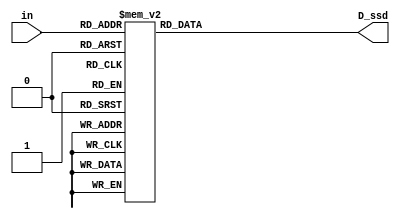
module display(D_ssd, in);
    input [3:0] in;
    output reg [7:0] D_ssd;
    
    
    always @*
        case(in)
            4'd0: D_ssd = 8'b00000011;
            4'd1: D_ssd = 8'b10011111;
            4'd2: D_ssd = 8'b00100101;
            4'd3: D_ssd = 8'b00001101;
            4'd4: D_ssd = 8'b10011001;
            4'd5: D_ssd = 8'b01001001;
            4'd6: D_ssd = 8'b01000001;
            4'd7: D_ssd = 8'b00011111;
            4'd8: D_ssd = 8'b00000001;
            4'd9: D_ssd = 8'b00001001;
            4'd10: D_ssd = 8'b00010001; // A
            4'd11: D_ssd = 8'b00110001;  // P
            4'd12: D_ssd = 8'b11010101;  // m
            default: D_ssd = 8'b11111110;  // .
    endcase
    
endmodule